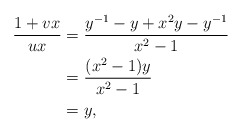
\begin{align*}\frac{1+vx}{ux} &= \frac{y^{-1}-y + x^2y-y^{-1}}{x^2-1} \\&= \frac{(x^2-1)y}{x^2-1}\\&=y,\end{align*}